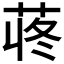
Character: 𫈍